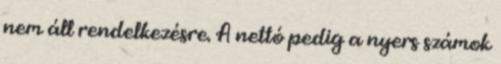
nem áll rendelkezésre. A nettó pedig a nyers számok